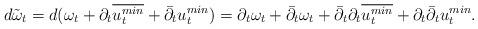
LaTeX: \begin{align*}d\tilde{\omega}_t= d(\omega_t+ \partial_t \overline{u_t ^{min}} + \bar\partial_t u_t ^{min})=\partial_t\omega_t+\bar\partial_t\omega_t+\bar\partial_t\partial_t \overline{u_t ^{min}}+\partial_t\bar\partial_t u_t ^{min}.\end{align*}